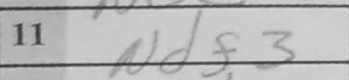
Transcription: Ndf3